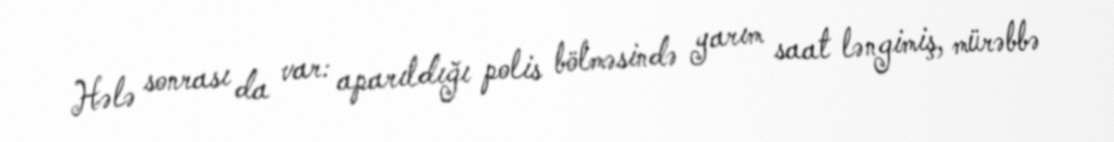
Hələ sonrası da var: aparıldığı polis bölməsində yarım saat ləngimiş, mürəbbə